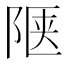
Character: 𬯅